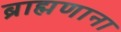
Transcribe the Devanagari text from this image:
ब्राह्मणाना